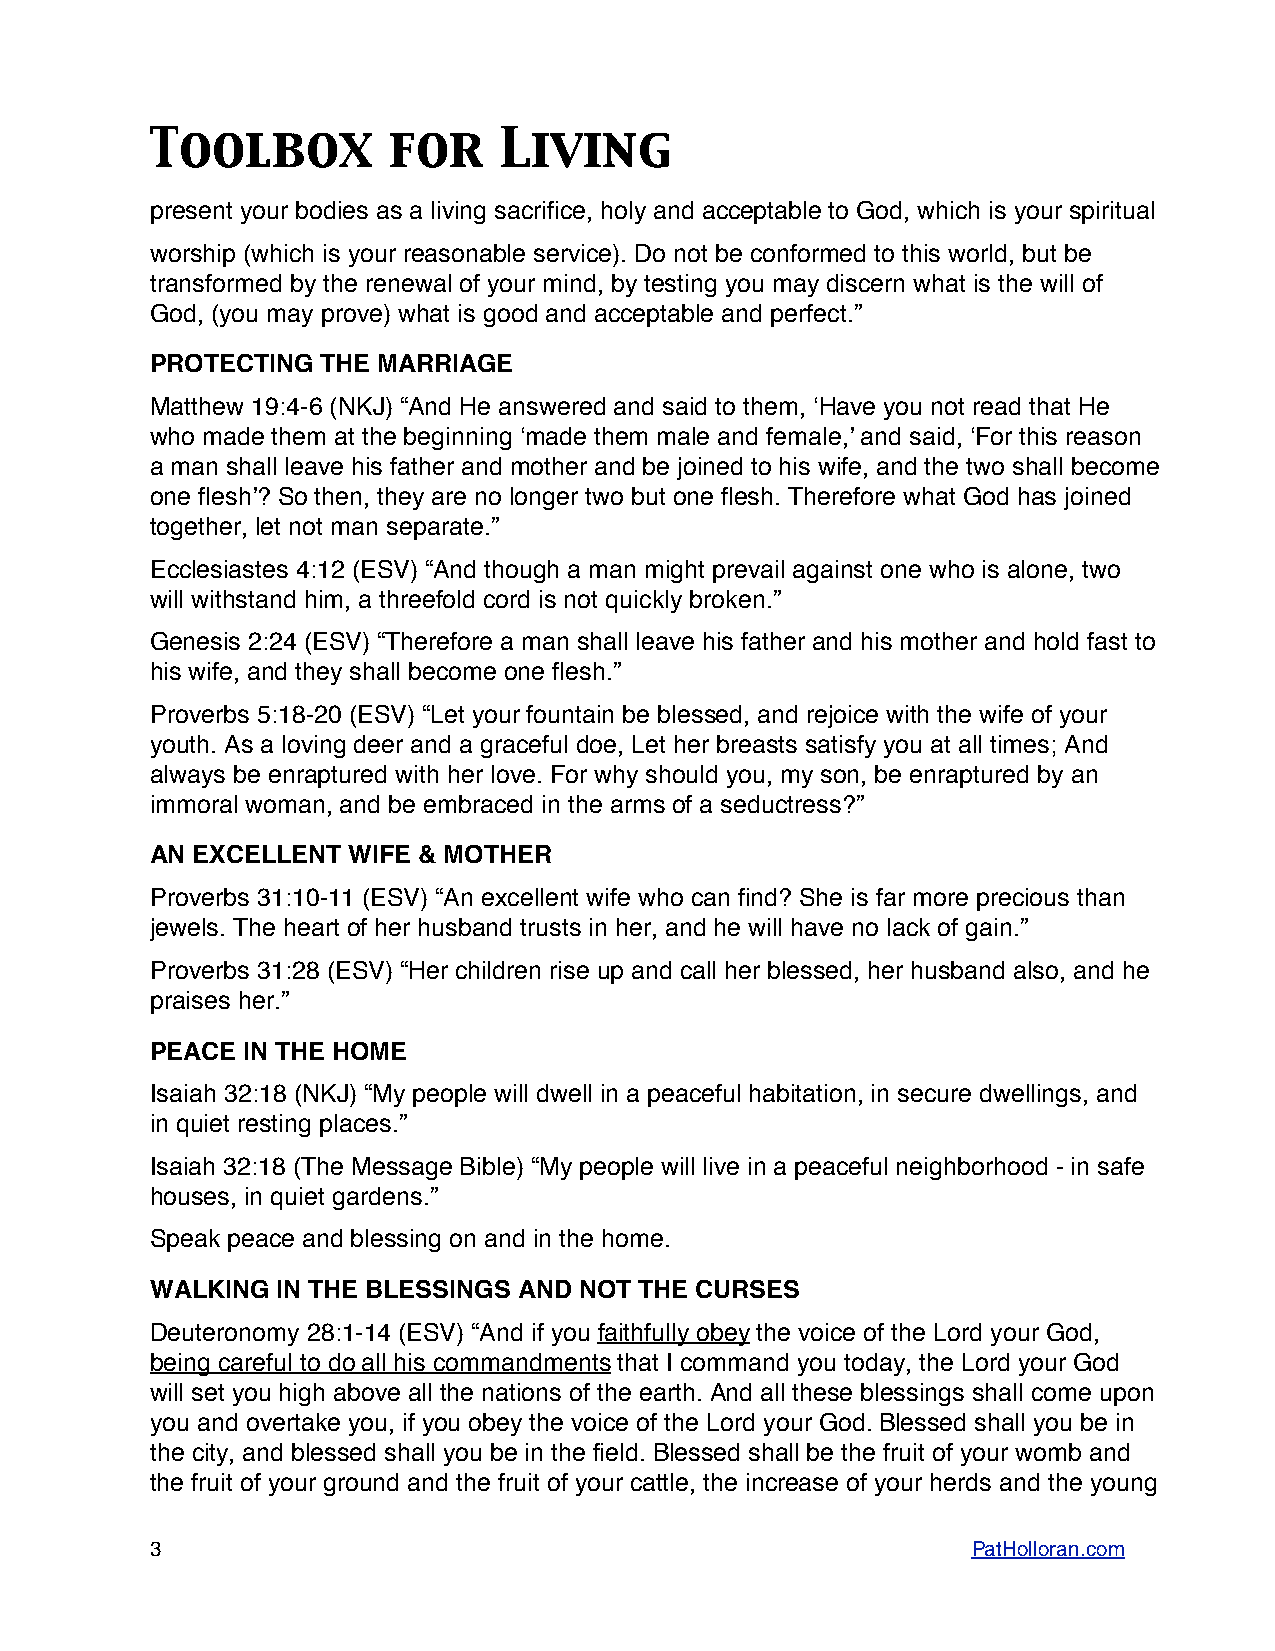
Toolbox         for    Living
 present your bodies as a living sacrifice, holy and acceptable to God, which is your spiritual
 worship (which is your reasonable service). Do not be conformed to this world, but be
 transformed by the renewal of your mind, by testing you may discern what is the will of
 God, (you may prove) what is good and acceptable and perfect.”
 PROTECTING THE MARRIAGE
 Matthew 19:4-6 (NKJ) “And He answered and said to them, ʻHave you not read that He
 who made them at the beginning ʻmade them male and female,ʼ and said, ʻFor this reason
 a man shall leave his father and mother and be joined to his wife, and the two shall become
 one fleshʼ? So then, they are no longer two but one flesh. Therefore what God has joined
 together, let not man separate.”
 Ecclesiastes 4:12 (ESV) “And though a man might prevail against one who is alone, two
 will withstand him, a threefold cord is not quickly broken.”
 Genesis 2:24 (ESV) “Therefore a man shall leave his father and his mother and hold fast to
 his wife, and they shall become one flesh.”
 Proverbs 5:18-20 (ESV) “Let your fountain be blessed, and rejoice with the wife of your
 youth. As a loving deer and a graceful doe, Let her breasts satisfy you at all times; And
 always be enraptured with her love. For why should you, my son, be enraptured by an
 immoral woman, and be embraced in the arms of a seductress?”
 AN EXCELLENT WIFE & MOTHER
 Proverbs 31:10-11 (ESV) “An excellent wife who can find? She is far more precious than
 jewels. The heart of her husband trusts in her, and he will have no lack of gain.”
 Proverbs 31:28 (ESV) “Her children rise up and call her blessed, her husband also, and he
 praises her.”
 PEACE IN THE HOME
 Isaiah 32:18 (NKJ) “My people will dwell in a peaceful habitation, in secure dwellings, and
 in quiet resting places.”
 Isaiah 32:18 (The Message Bible) “My people will live in a peaceful neighborhood - in safe
 houses, in quiet gardens.”
 Speak peace and blessing on and in the home.
 WALKING IN THE BLESSINGS AND NOT THE CURSES
 Deuteronomy 28:1-14 (ESV) “And if you faithfully obey the voice of the Lord your God,
 being careful to do all his commandments that I command you today, the Lord your God
 will set you high above all the nations of the earth. And all these blessings shall come upon
 you and overtake you, if you obey the voice of the Lord your God. Blessed shall you be in
 the city, and blessed shall you be in the field. Blessed shall be the fruit of your womb and
 the fruit of your ground and the fruit of your cattle, the increase of your herds and the young
 3                                                     PatHolloran.com